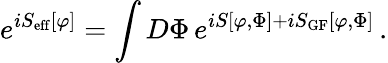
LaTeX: e^{iS_{\mathrm{eff}}[\varphi]}=\int D\Phi\, e^{iS[\varphi,\Phi]+iS_{\mathrm{GF}}[\varphi,\Phi]}\, .